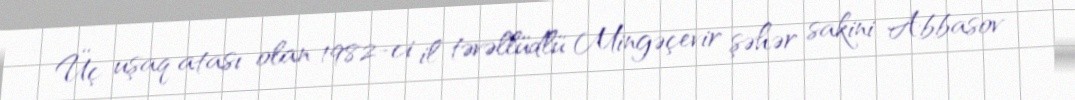
Üç uşaq atası olan 1982-ci il təvəllüdlü Mingəçevir şəhər sakini Abbasov